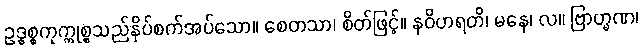
ဥဒ္ဓစ္စကုက္ကုစ္စသည်နှိပ်စက်အပ်သော။ စေတသာ၊ စိတ်ဖြင့်။ နဝိဟရတိ၊ မနေ၊ လ။ ဗြာဟ္မဏ၊